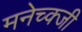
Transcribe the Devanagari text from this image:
मनेच्क्जी